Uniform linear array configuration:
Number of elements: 8
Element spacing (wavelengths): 0.25
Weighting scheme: exponential
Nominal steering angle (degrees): -15
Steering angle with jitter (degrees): -16.097
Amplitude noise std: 0.05
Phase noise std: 0.05

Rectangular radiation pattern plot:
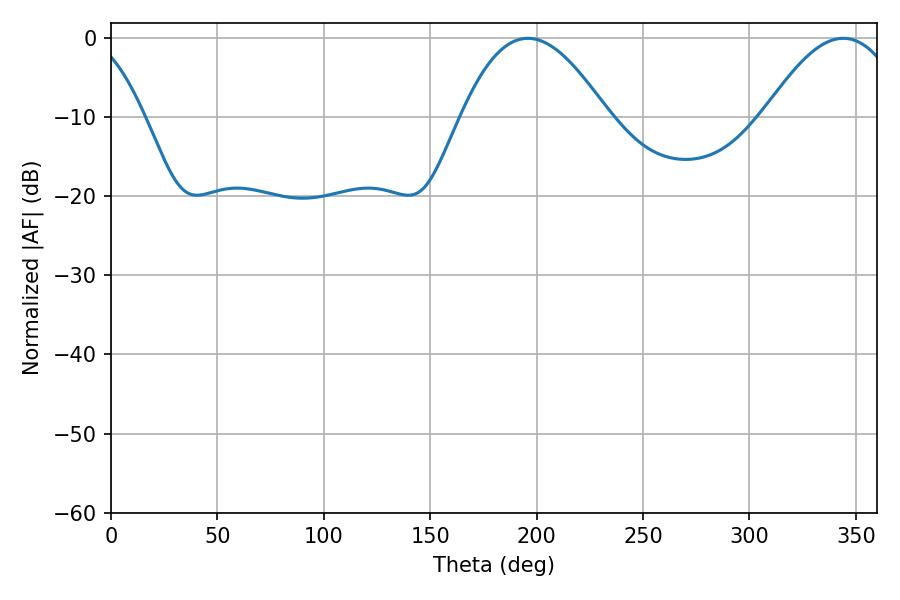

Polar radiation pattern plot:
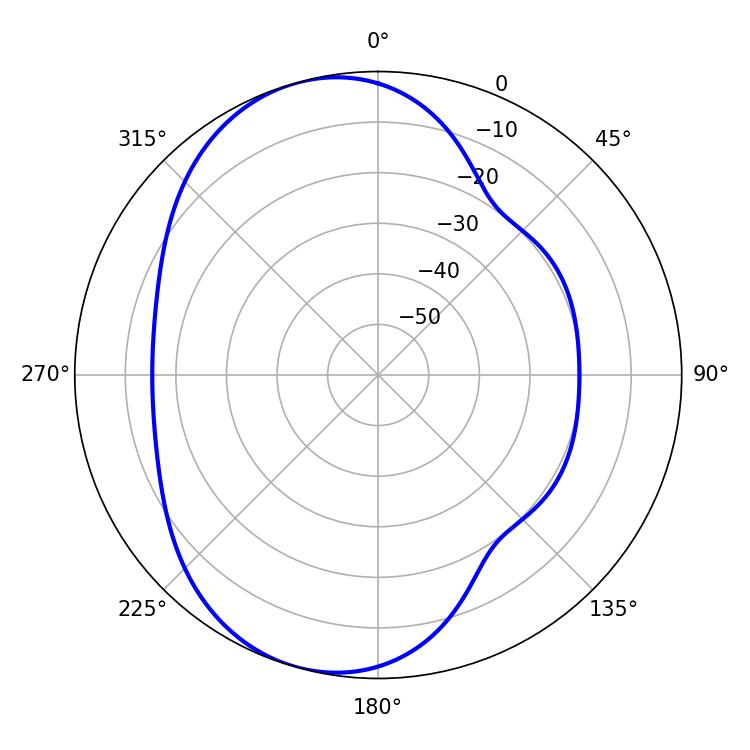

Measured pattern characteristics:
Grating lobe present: FALSE
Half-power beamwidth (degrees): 37.44
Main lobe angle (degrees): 195.84